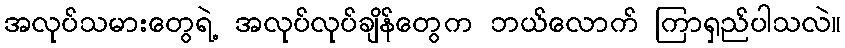
အလုပ်သမားတွေရဲ့ အလုပ်လုပ်ချိန်တွေက ဘယ်လောက် ကြာရှည်ပါသလဲ။